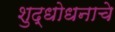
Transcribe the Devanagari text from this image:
शुद्धोधनाचे